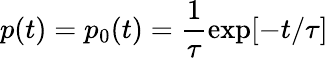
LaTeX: p(t)=p_{0}(t)=\frac{1}{\tau}\exp[-t/\tau]